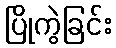
ပြိုကွဲခြင်း